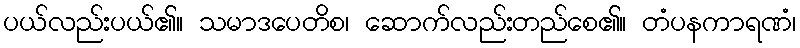
ပယ်လည်းပယ်၏။ သမာဒပေတိစ၊ ဆောက်လည်းတည်စေ၏။ တံပနကာရဏံ၊